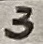
Text: 3